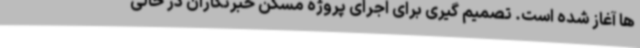
ها آغاز شده است. تصمیم گیری برای اجرای پروژه مسکن خبرنگاران در حالی